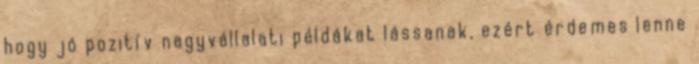
hogy jó pozitív nagyvállalati példákat lássanak, ezért érdemes lenne